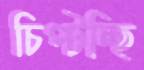
চিপ্‌টচ্ছি